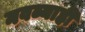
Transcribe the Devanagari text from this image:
नवब्याही